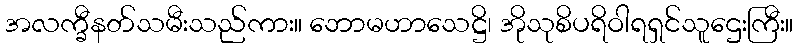
အလက္ခီနတ်သမီးသည်ကား။ ဘောမဟာသေဋ္ဌိ၊ အိုသုစိပရိဝါရရှင်သူဌေးကြီး။